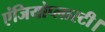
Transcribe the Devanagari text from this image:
एंजियोप्लास्टी।